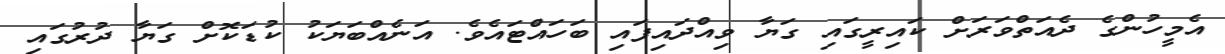
އެމީހުންގެ ދެއަތްވަރަށް ކައިރީގައި ގަޔާ ވިއްދައިފައި ބަހައްޓައެވެ. އަނެއްބަޔަކު ކުޑަކޮށް ގަޔާ ދުރުގައި